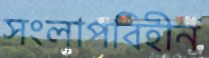
সংলাপবিহীন